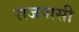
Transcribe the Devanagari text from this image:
राजपासी